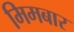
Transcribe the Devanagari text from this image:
मिमबार